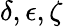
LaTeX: \delta,\epsilon,\zeta